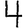
Digit: 4